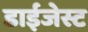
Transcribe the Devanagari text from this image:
डाईजेस्ट